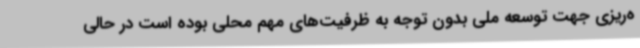
ه‌ریزی جهت توسعه ملی بدون توجه به ظرفیت‌های مهم محلی بوده است در حالی